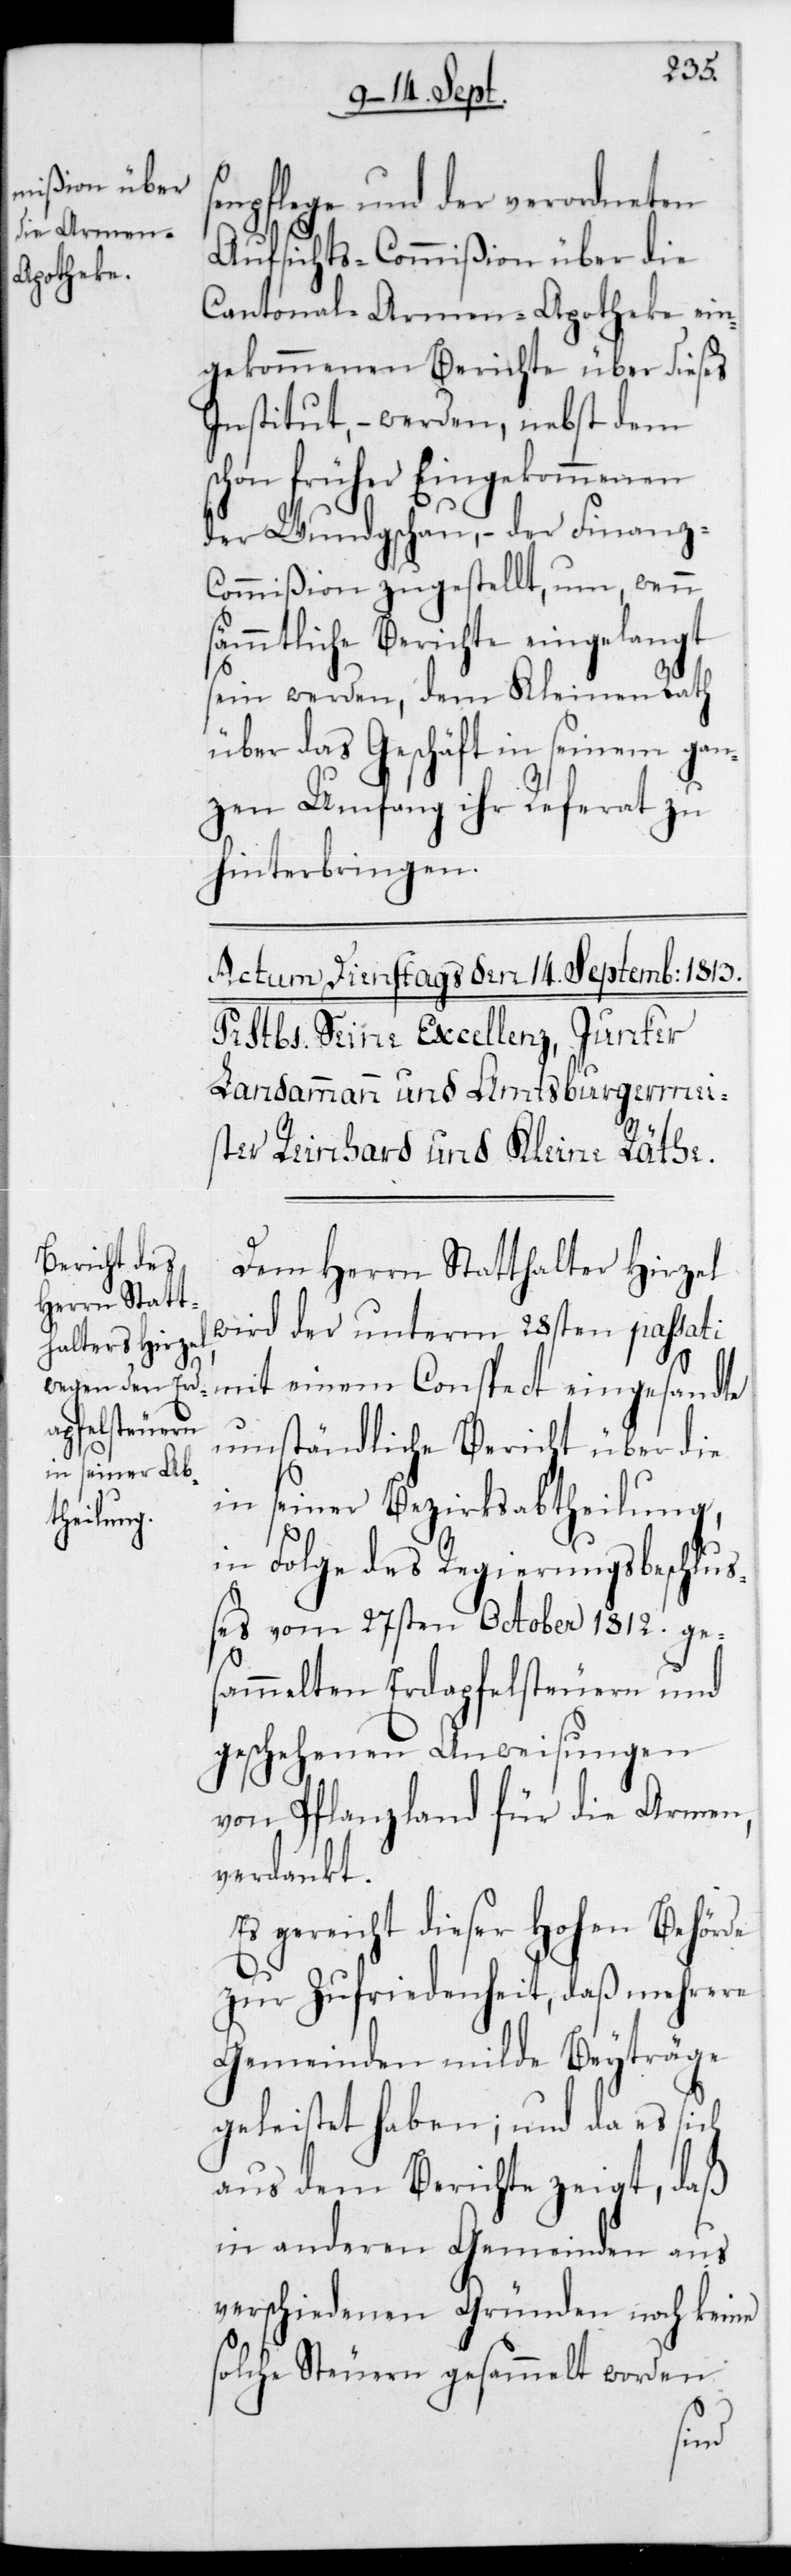
npflege und der verordneten
Aufsichts-Commißion über die
Cantonal-Armen-Apotheke ein¬
gekommenen Berichte über dieses
Institut, – werden nebst dem
schon früher Eingekommenen
der Wundgschau, – der Finanz-C¬
ommißion zugestellt, um, wenn
sämmtliche Berichte eingelangt
sein werden, dem Kleinen Rath
über das Geschäft in seinem gan¬
zen Umfang ihr Referat zu
hinterbringen.
Dem Herrn Statthalter Hirzel
wird der unterm 28sten passati
mit einem Conspect eingesandte
umständliche Bericht über die
in seiner Bezirksabtheilung,
in Folge des Regierungsbeschluß¬
es vom 27sten October 1812 ge¬
sammelten Erdapfelsteuern und
geschehenen Anweisungen
von Pflanzland für die Armen,
verdankt.
Es gereicht dieser Hohen Behörde
zur Zufriedenheit, daß mehrere
Gemeinden milde Beyträge
geleistet haben; und da es sich
aus dem Berichte zeigt, daß
in anderen Gemeinden aus
verschiedenen Gründen noch keine
solche Steuern gesammelt worden
se¬